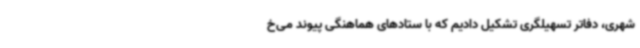
شهری، دفاتر تسهیلگری تشکیل دادیم که با ستادهای هماهنگی پیوند می‌خ